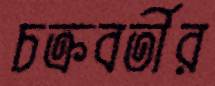
চক্রবর্তীর